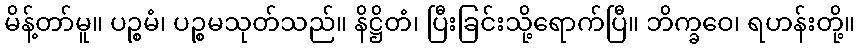
မိန့်တာ်မူ။ ပဉ္စမံ၊ ပဉ္စမသုတ်သည်။ နိဋ္ဌိတံ၊ ပြီးခြင်းသို့ရောက်ပြီ။ ဘိက္ခဝေ၊ ရဟန်းတို့။